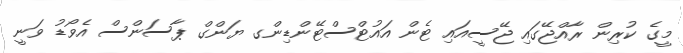
މީގެ ކުރިން ރާއްޖޭގައި ޖޭސީއައި ޓެން އައުޓްސްޓޭންޑިންގ ޔަންގް ޕާސަންސް އެވޯޑު ވަނީ